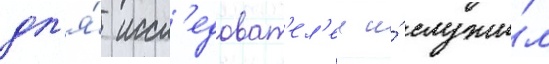
дл'я́ иссл'едоват'ел'еи и́ служи́л